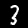
Digit: 3